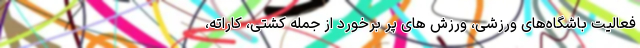
فعالیت باشگاه‌های ورزشی، ورزش های پر برخورد از جمله کشتی، کاراته،